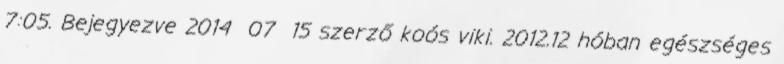
7:05. Bejegyezve 2014 07 15 szerző koós viki. 2012.12 hóban egészséges